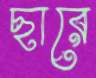
ছারে